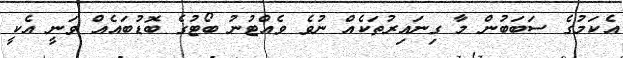
އެކަމުގެ ސަބަބުން މާ ގިނައިރުތަކެއް ނުވެ ވެއްޓުނު ބޯޓުގެ ބޮޑުބައެއް ވަނީ އެކީ